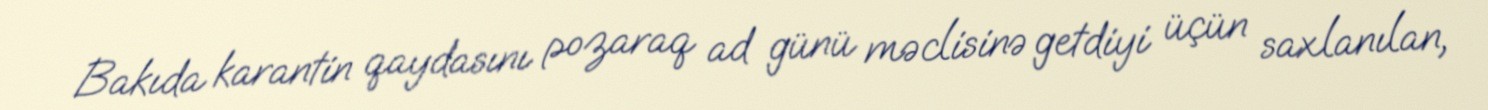
Bakıda karantin qaydasını pozaraq ad günü məclisinə getdiyi üçün saxlanılan,